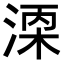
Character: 𬈇